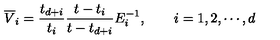
\overline { { V } } _ { i } = { \frac { t _ { d + i } } { t _ { i } } } { \frac { t - t _ { i } } { t - t _ { d + i } } } E _ { i } ^ { - 1 } , \qquad i = 1 , 2 , \cdots , d